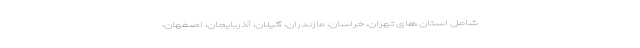
شامل استان های تهران، خراسان، مازندران، گیلان، آذربایجان، اصفهان،